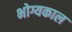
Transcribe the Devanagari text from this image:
भोग्यकाल